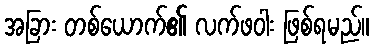
အခြား တစ်ယောက်၏ လက်ဖဝါး ဖြစ်ရမည်။